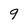
Character: 9